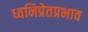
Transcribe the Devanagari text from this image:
ध्वनिप्रेतप्रभाव